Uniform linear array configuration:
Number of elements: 12
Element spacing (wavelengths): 0.25
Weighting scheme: binomial
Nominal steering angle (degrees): -60
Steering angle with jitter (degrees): -58.194
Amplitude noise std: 0.05
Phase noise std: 0.05

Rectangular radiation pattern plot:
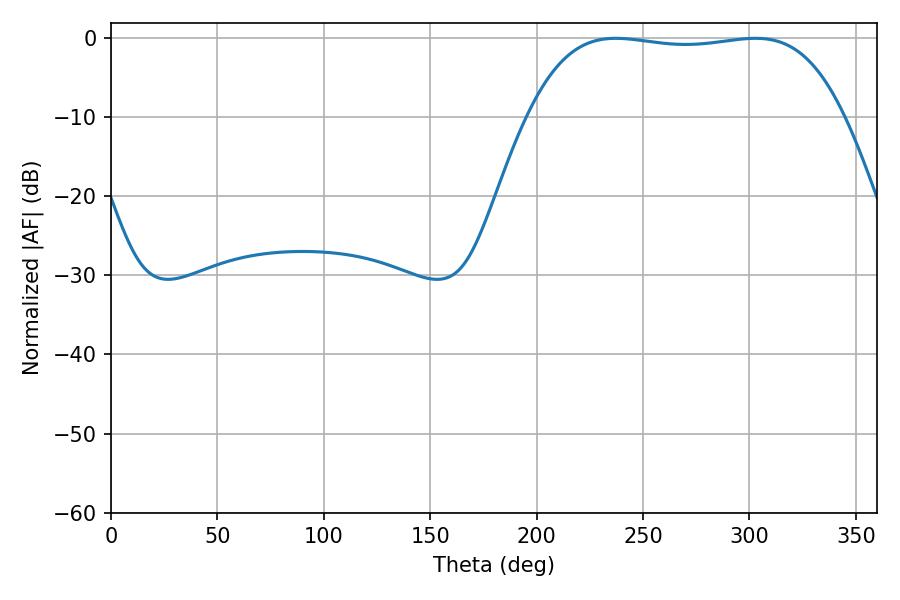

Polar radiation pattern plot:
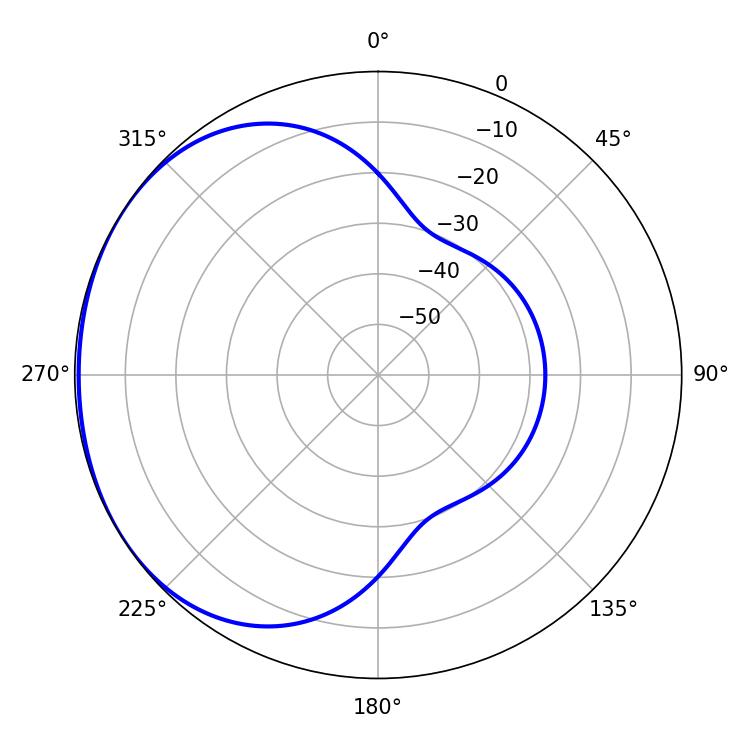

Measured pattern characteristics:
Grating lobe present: FALSE
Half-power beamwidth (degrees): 117
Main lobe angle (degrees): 237.24